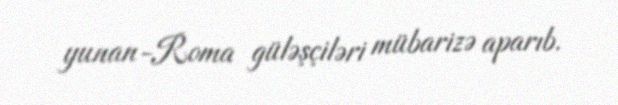
yunan-Roma güləşçiləri mübarizə aparıb.